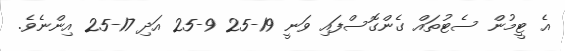
އެ ޓީމުން ސެޓުތައް ގެންގޮސްފައި ވަނީ 19-25 9-25 އަދި 17-25 އިންނެވެ.